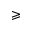
\geqslant